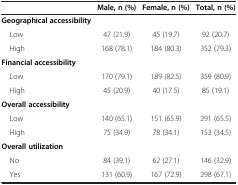
<table><thead><tr><td><b> </b></td><td><b>Male, n (%)</b></td><td><b>Female, n (%)</b></td><td><b>Total, n (%)</b></td></tr></thead><tbody><tr><td><b>Geographical accessibility</b></td><td> </td><td> </td><td> </td></tr><tr><td> Low</td><td>47 (21.9)</td><td>45 (19.7)</td><td>92 (20.7)</td></tr><tr><td> High</td><td>168 (78.1)</td><td>184 (80.3)</td><td>352 (79.3)</td></tr><tr><td><b>Financial accessibility</b></td><td> </td><td> </td><td> </td></tr><tr><td> Low</td><td>170 (79.1)</td><td>189 (82.5)</td><td>359 (80.9)</td></tr><tr><td> High</td><td>45 (20.9)</td><td>40 (17.5)</td><td>85 (19.1)</td></tr><tr><td><b>Overall accessibility</b></td><td> </td><td> </td><td> </td></tr><tr><td> Low</td><td>140 (65.1)</td><td>151 (65.9)</td><td>291 (65.5)</td></tr><tr><td> High</td><td>75 (34.9)</td><td>78 (34.1)</td><td>153 (34.5)</td></tr><tr><td><b>Overall utilization</b></td><td> </td><td> </td><td> </td></tr><tr><td> No</td><td>84 (39.1)</td><td>62 (27.1)</td><td>146 (32.9)</td></tr><tr><td> Yes</td><td>131 (60.9)</td><td>167 (72.9)</td><td>298 (67.1)</td></tr></tbody></table>